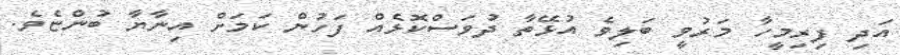
އަދި ފިރިމީހާ މަރުވީ ބަލިވެ އުޅޭތާ ދުވަސްކޮޅެއް ފަހުން ކަމަށް އިނާޔާ ބުންޏެވެ.